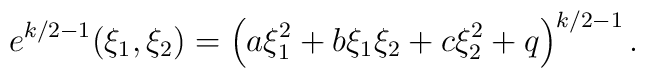
e^{k/2-1} (\xi_1,\xi_2) = \left( a\xi_1^2 +b \xi_1\xi_2 + c \xi_2^2 +q \right)^{k/2-1}.